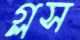
গ্লস